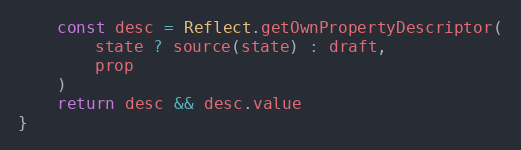
Language: JavaScript
    const desc = Reflect.getOwnPropertyDescriptor(
        state ? source(state) : draft,
        prop
    )
    return desc && desc.value
}